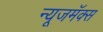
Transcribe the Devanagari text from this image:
न्यूजमॅक्स